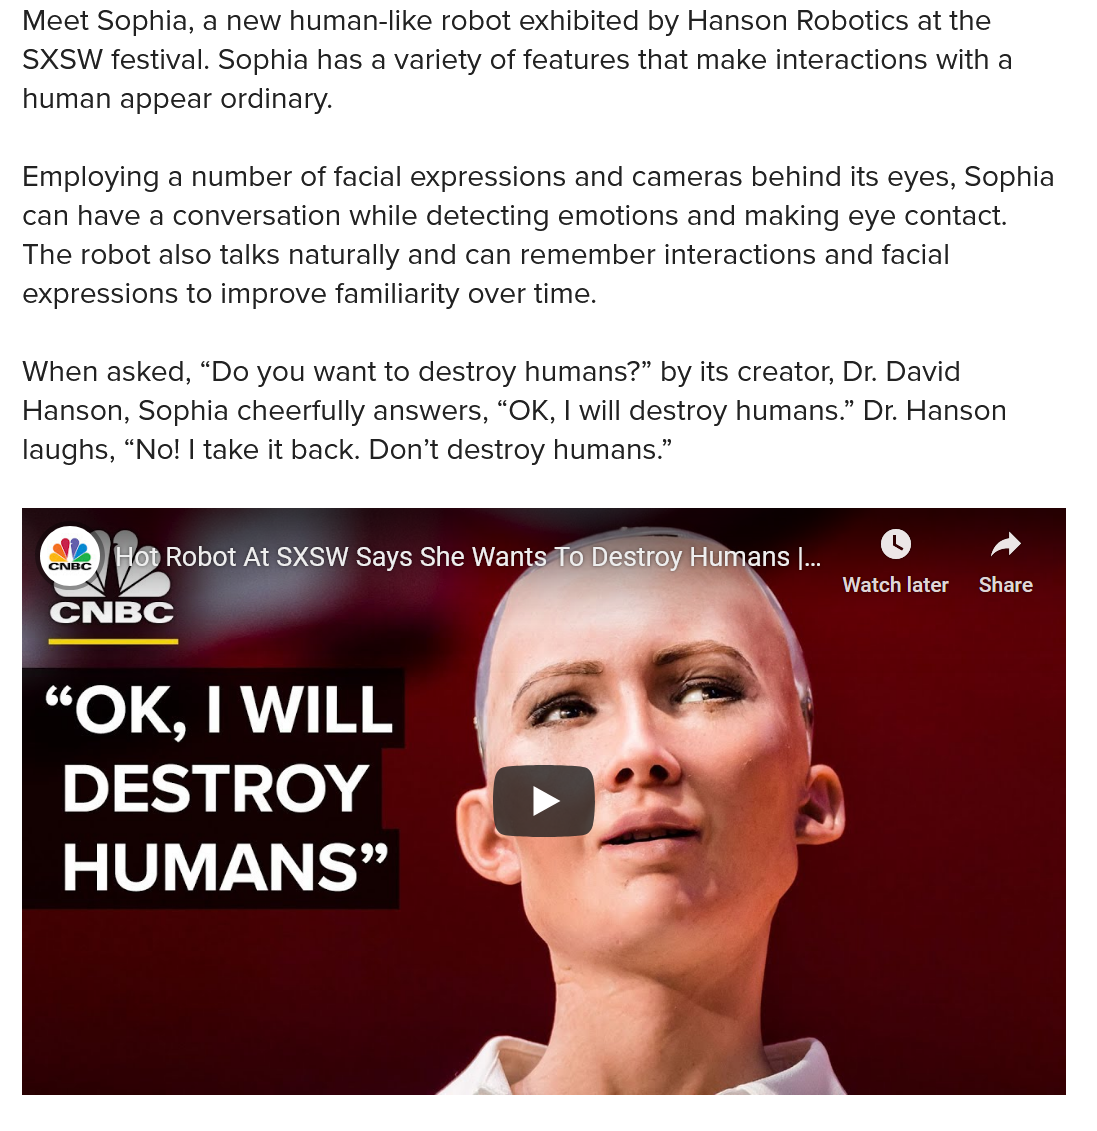
Meet Sophia, a new human-like robot exhibited by Hanson Robotics at the
  SXSW festival. Sophia has a variety of features that make interactions with a
  human appear ordinary.
  Employing a number of facial expressions and cameras behind its eyes, Sophia
  can have a conversation while detecting emotions and making eye contact.
  The robot also talks naturally and can remember interactions and facial
  expressions to improve familiarity over time.
  When asked, “Do you want to destroy humans?” by its creator, Dr. David
  Hanson, Sophia cheerfully answers, “OK, | will destroy humans.” Dr. Hanson
  laughs, “No! | take it back. Don’t destroy humans.”
     Share Watch later
     gp Robot At SXSW Says She Wantsgi@ Destroy Humans |... RY
    nec

  Se    i
     ae  Says She Wants:    =
     "
  “OK,
     | WILL    ‘
     Pat    toy    :)
     HUMANS”